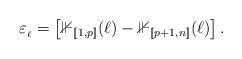
LaTeX: \begin{align*}\varepsilon_{_\ell} = \left[ \mathbb{1}_{[\![1,p]\!]}(\ell) - \mathbb{1}_{[\![p+1,n]\!]}(\ell)\right].\end{align*}